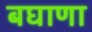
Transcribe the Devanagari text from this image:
बघाणा